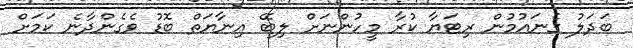
ބަދަލު ގެނައުމުން ރިޓަޔާ ކުރާ މީހުންނަށް ލިބޭ އިނާޔަތް ބޮޑު ވެގެންދާނެ ކަމަށް